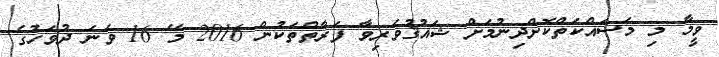
ވީމާ މި މަސައްކަތްކޮށްދިނުމަށް ޝައުޤުވެރިވާ ފަރާތްތަކުން 2016 މޭ 16 ވަނަ ދުވަހުގެ